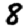
Digit: 8